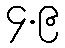
၄.၉